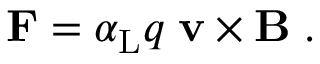
\mathbf { F } = \alpha _ { \mathrm { { L } } } q \; \mathbf { v } \times \mathbf { B } \; .